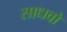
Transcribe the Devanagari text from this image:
साधवो